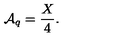
{ \cal A } _ { q } = \frac { X } { 4 } .